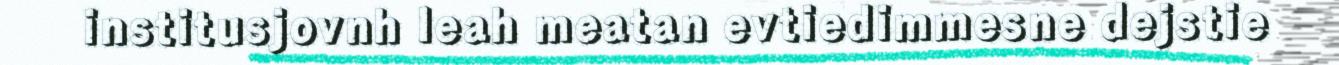
institusjovnh leah meatan evtiedimmesne dejstie